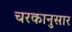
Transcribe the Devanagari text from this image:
चरकानुसार